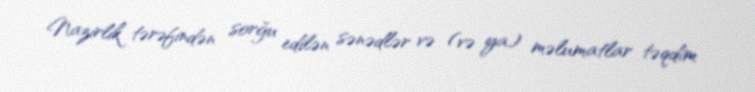
Nazirlik tərəfindən sorğu edilən sənədlər və (və ya) məlumatlar təqdim